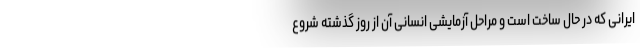
ایرانی که در حال ساخت است و مراحل آزمایشی انسانی آن از روز گذشته شروع